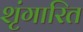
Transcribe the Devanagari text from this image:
शृंगारित